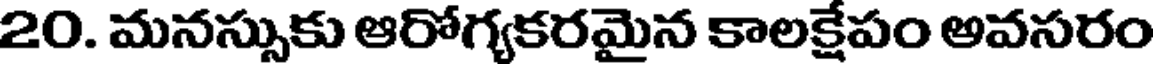
20. మనస్సుకు ఆరోగ్యకరమైన కాలక్షేపం అవసరం